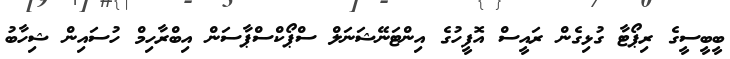
ބީބީސީގެ ރިޕޯޓާ ގުޅިގެން ރައީސް އޮފީހުގެ އިންޓަނޭޝަނަލް ސްޕޯކްސްޕާސަން އިބްރާހިމް ހުސައިން ޝިހާބު